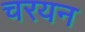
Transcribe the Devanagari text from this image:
चरयन